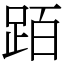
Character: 𬦰